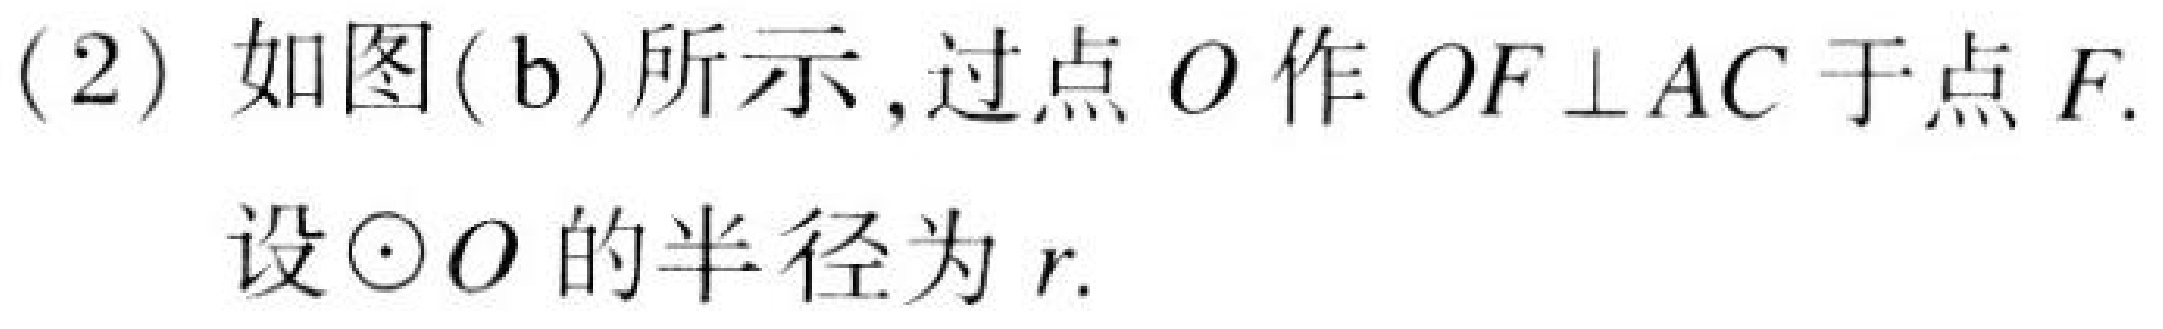
(2) 如图(b)所示,过点\(O\)作\(OF\bot AC\)于点\(F\).

设\(\odot O\)的半径为\(r\).